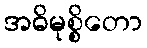
အဓိမုစ္စိတော